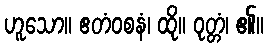
ဟူသော။ ဧတံဝစနံ၊ ထို။ ဝုတ္တံ၊ ၏။